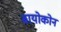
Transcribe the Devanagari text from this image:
बायोकोन